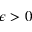
\epsilon > 0